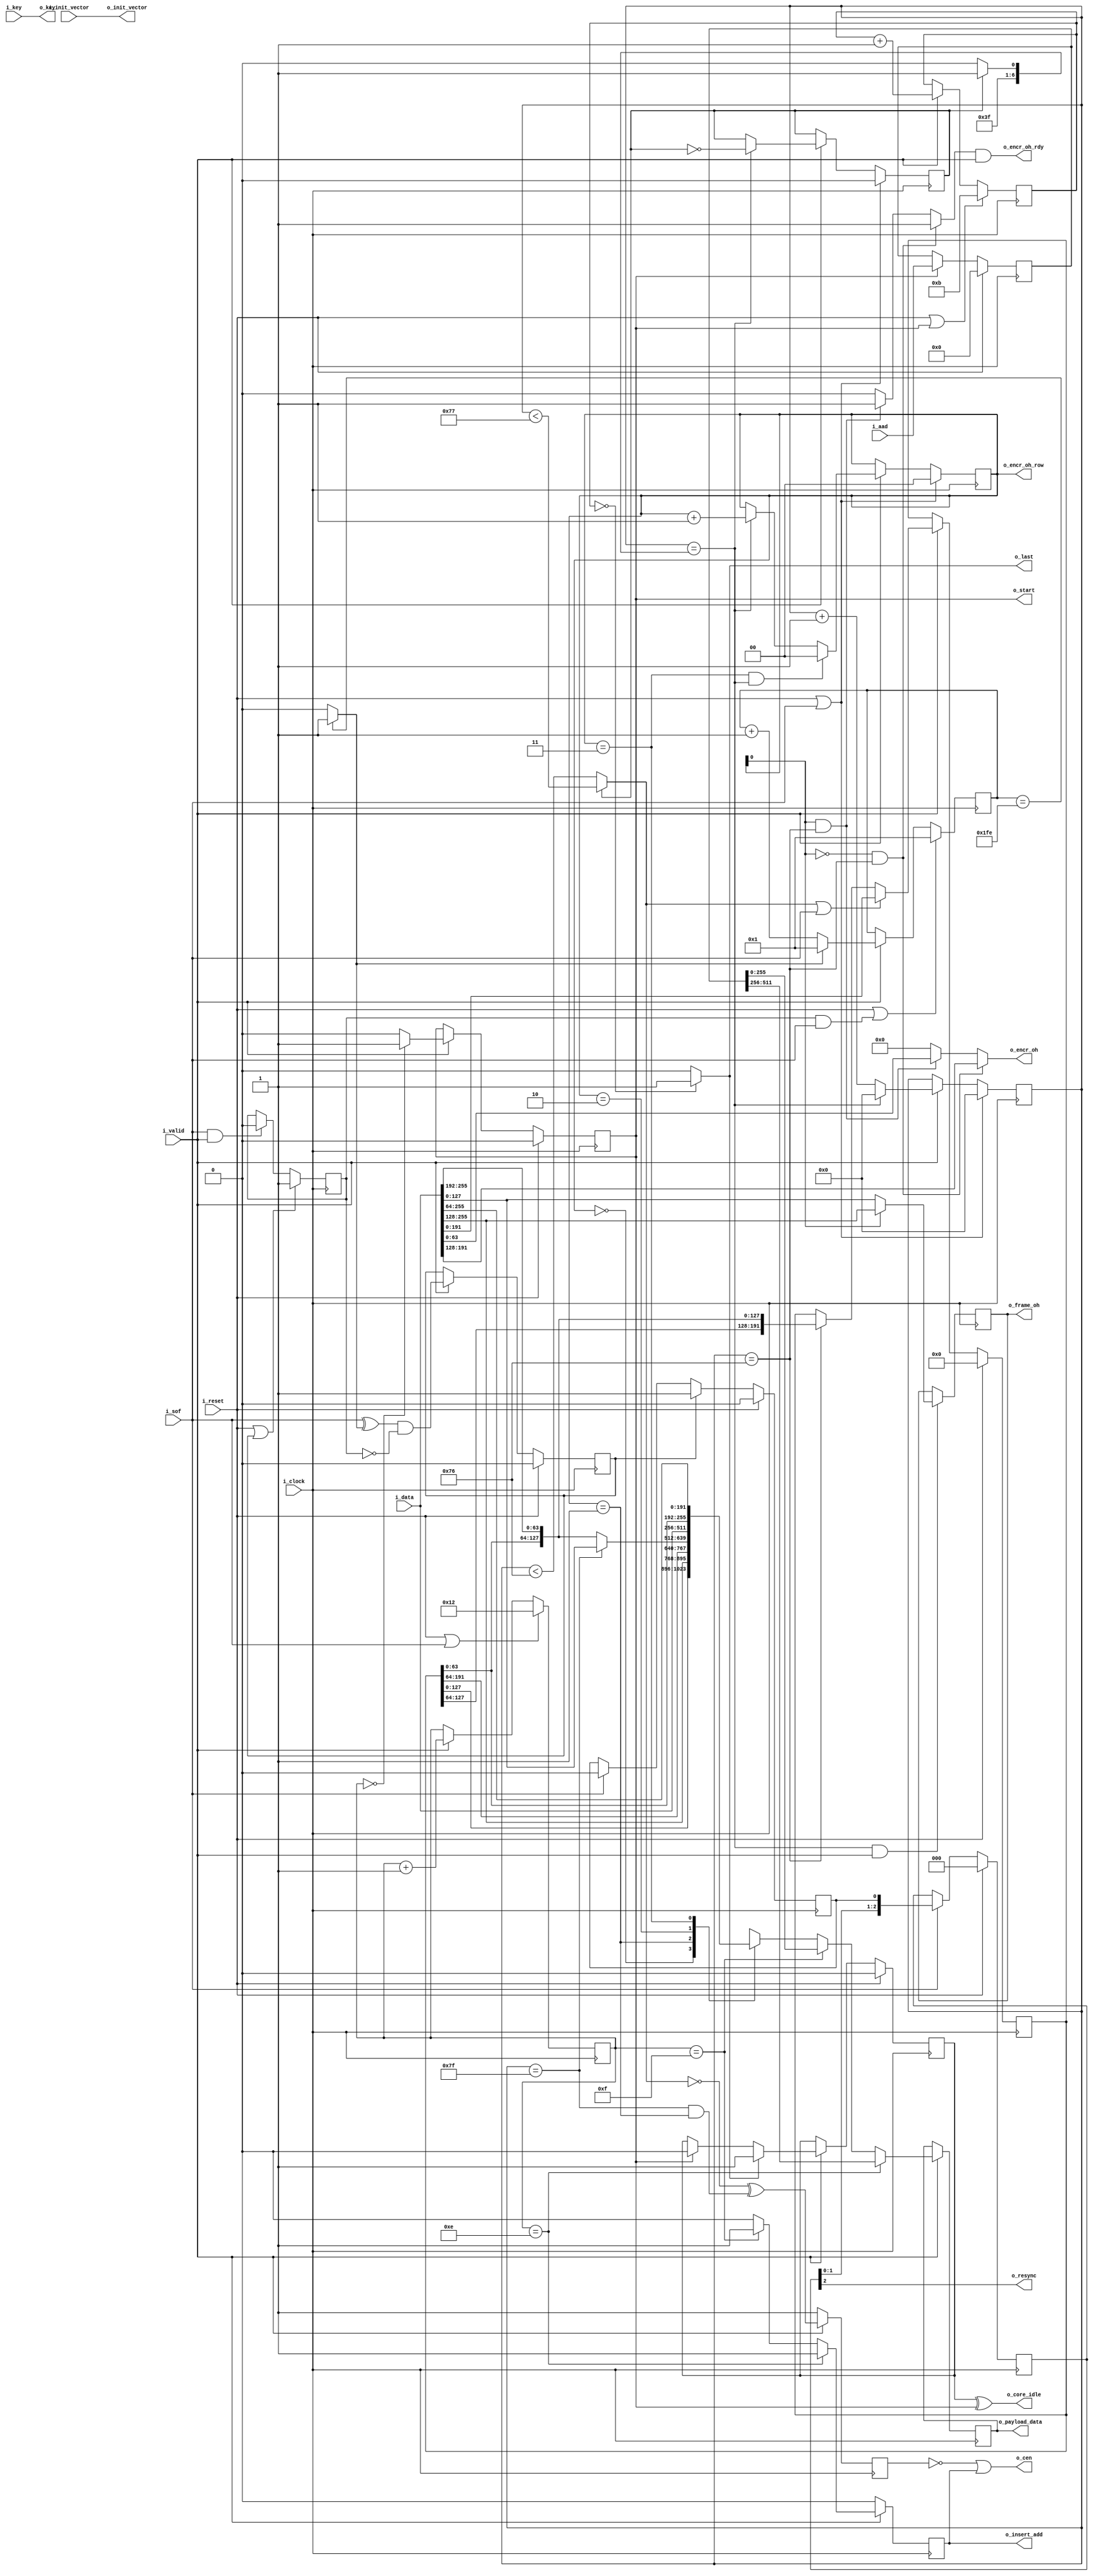
//% ----------------------------------------------------------------------------
//% Project     : M200
//% ----------------------------------------------------------------------------
//% \class frame_disassembler
//% \ingroup TBD
//% \author Fernando Romero
//% \date Sep 7, 2016
//% Originator  : Clariphy Argentina S.A.
//%
//% Rev 0       : Initial release.
//%
//% $Id: frame_disassembler2.v 10811 2017-03-03 13:50:53Z gbarbiani $
//% ----------------------------------------------------------------------------
//% Description :
//% Splits data contained in frame. Frame OH goes to reassembler.
//% encryption overhead goes to control block.
//% and payload goes to AES core
//%
//% \image html frame_disassembler.png
//% ----------------------------------------------------------------------------
//% \copyright Copyright (C) 2015 ClariPhy Argentina S.A.  All rights reserved
//% ----------------------------------------------------------------------------
module frame_disassembler2
#(
    // PARAMETERS.
    parameter                                           NB_DATA                  =  256        ,
    parameter                                           NB_INIT_VECTOR           =  96         ,
    parameter                                           NB_ENCR_OVERHEAD         =  64         ,
    parameter                                           NB_FRAME_OVERHEAD        =  128        , //sent by row
    parameter                                           NB_ROW                   =  2          ,
    parameter                                           NB_AAD                   =  512
)
(
    // OUTPUTS:
    // Data to AES
    output wire    [NB_DATA                - 1 : 0 ]    o_payload_data                         ,
    output wire                                         o_start                                ,
    output wire                                         o_last                                 ,
    output wire                                         o_cen                                  ,
    output wire    [NB_DATA                - 1 : 0 ]    o_key                                  ,
    output wire    [NB_INIT_VECTOR         - 1 : 0 ]    o_init_vector                          ,
    output wire                                         o_insert_add                           ,

    // Data to frame reassembler
    output wire    [NB_FRAME_OVERHEAD      - 1 : 0 ]    o_frame_oh                             ,
    output wire                                         o_resync                               ,
    // Data to control
    output wire    [NB_ENCR_OVERHEAD       - 1 : 0 ]    o_encr_oh                              ,
    output wire                                         o_encr_oh_rdy                          ,
    output wire    [NB_ROW                 - 1 : 0 ]    o_encr_oh_row                          ,
    output wire                                         o_core_idle                            ,

    // INPUTS:
    // Data interface
    input wire     [NB_DATA                - 1 : 0 ]    i_data                                 ,
    input wire                                          i_valid                                ,
    input wire                                          i_sof                                  ,

    // Configurations for AES
    input wire     [NB_DATA                - 1 : 0 ]    i_key                                  ,
    input wire     [NB_INIT_VECTOR         - 1 : 0 ]    i_init_vector                          ,
    input wire     [NB_AAD                 - 1 : 0 ]    i_aad                                  ,

    // RF's

    // CLOCKS & RESETS.
    input wire                                          i_clock                                ,
    input wire                                          i_reset
);
    // LOCAL PARAMETERS.
    localparam                                          NB_COUNTER              =   9          ;
    localparam                                          NB_COL_COUNTER          =   8          ;
    localparam                                          NB_ROW_COUNTER          =   2          ;
    localparam                                          NB_BUFFER               =   192        ; // 3/4 of a word
    localparam                                          NB_POINTER              =   2          ;
    localparam                                          QUARTER                 =   NB_DATA / 4;
    localparam                                          FRAME_COLUMNS           =   4080       ;
    localparam                                          COL_COUNTER_LIMIT       =   126        ;
    localparam                                          COL_COUNTER_LIMIT_PLUS_ONE = 127       ;
    localparam                                          ROW_COUNTER_LIMIT       =   3          ;
    localparam                                          SOF_COUNTER_LIMIT       =   510        ;
    localparam                                          NB_SOF_RESYNC           =   3          ;
    localparam                                          CONST_1                 =   1          ;
    localparam                                          START_CNT_VAL           =   18         ;
    localparam                                          LAST_CNT_VAL            =   11         ;
    localparam                                          HALF_NB_AAD             =   256        ;
    // INTERNAL SIGNALS
    // Frame Col Counter
    reg            [NB_COL_COUNTER        - 1 : 0 ]     col_counter                            ; //otarif
    //reg            [NB_COUNTER        - 1 : 0 ]         col_counter                            ;
    reg            [NB_ROW_COUNTER        - 1 : 0 ]     row_counter                            ;

    //Frame Dissasembler
    wire                                                freeze_buffer                          ;
    reg            [NB_BUFFER             - 1 : 0 ]     aux_data_buffer                        ;
    reg            [NB_DATA               - 1 : 0 ]     output_data                            ;


    //**************************************************
    // Sof Predictor
    //**************************************************
    reg            [NB_COUNTER            - 1 : 0 ]     sof_counter                            ;
    wire           [NB_COUNTER            - 1 : 0 ]     sof_counter_next                       ;
    wire                                                generated_sof                          ;
    reg                                                 first_sof                              ;
    wire                                                resync                                 ;
    reg                                                 resync_d                               ;
    reg            [NB_SOF_RESYNC         - 1 : 0 ]     sof_resync_d                           ;
    reg                                                 sof_resync                             ;

    always @(posedge i_clock)
    begin
        if(i_reset || resync_d)
            first_sof <= 1'b 1;
        else if (i_sof && i_valid)
            first_sof <= 1'b 0;
    end

    always @(posedge i_clock)
    begin
        if(i_reset || first_sof && i_sof)
            sof_counter <=  {{(NB_COUNTER-1){1'b 0}}, 1'b1 };//1'b 1 otarif
        else if(i_valid)
        begin
            if(generated_sof)
                sof_counter <= 1;
            else
                sof_counter <= sof_counter_next;
        end
    end

    always @(posedge i_clock)
    begin
        if(i_reset)
            resync_d <= 1'b 0;
        else if(i_valid)
            resync_d <= resync;
    end

    always @(posedge i_clock)
    begin
        if(i_reset)
            sof_resync <= 1'b 0;
        else if(resync_d)
            sof_resync <= 1'b 1;
        else if(i_sof)
            sof_resync <= 1'b 0;
    end

    always @(posedge i_clock)
    begin
        if(i_reset)
            sof_resync_d <=  {NB_SOF_RESYNC{1'b 0}};
        else if(i_sof)
        begin
            sof_resync_d <= {sof_resync_d[NB_SOF_RESYNC -2 : 0], sof_resync};
        end
    end


    assign sof_counter_next = sof_counter + { {NB_COUNTER-1{1'b 0}}, {1'b 1}};
    assign generated_sof = (sof_counter == SOF_COUNTER_LIMIT ) ? 1'b 1 : 1'b 0;
    assign resync = (i_sof ^ generated_sof) && ~first_sof;
    assign o_resync = sof_resync_d[NB_SOF_RESYNC-1];


    //**************************************************
    // Start Pulse Generation
    //**************************************************
    reg            [NB_COUNTER            - 1 : 0 ]     start_counter                          ;
    wire           [NB_COUNTER            - 1 : 0 ]     start_counter_next                     ;
    reg                                                 start                                  ;

    always @(posedge i_clock)
    begin
        if(i_reset | i_sof)
            start_counter <= START_CNT_VAL[NB_COUNTER-1:0];//{ {NB_COUNTER-5{1'b 0}}, {5'b 10010}}; // Restarts in TBD otarif
        else
            if(i_valid)
                start_counter <= start_counter_next;
    end

    always @(posedge i_clock)
    begin
        if(i_reset)
            start <= 1'b 0;
        else
            if(i_valid)
                start <= (start_counter == {NB_COUNTER{1'b 0}} ) ? 1'b 1 : 1'b 0;
    end

    assign start_counter_next = start_counter + { {NB_COUNTER-1{1'b 0}}, {1'b 1}};
    //assign o_start = (start_counter == {NB_COUNTER{1'b 0}} ) ? 1'b 1 : 1'b 0;
    assign o_start = start;
    assign o_key = i_key;
    assign o_init_vector = i_init_vector; //borism was o_init_vector = o_init_vector

    //**************************************************
    // Last Pulse Generation
    //**************************************************
    reg            [NB_COUNTER            - 1 : 0 ]     last_counter                           ;
    wire           [NB_COUNTER            - 1 : 0 ]     last_counter_next                      ;

    always @(posedge i_clock)
    begin
        if(i_reset | o_start)
            last_counter <= LAST_CNT_VAL[NB_COUNTER-1:0];//{ {NB_COUNTER-4{1'b 0}}, {4'b 1011}}; // Restarts in 8 or 9 ????  :( otarif
        else
            if(i_valid)
                last_counter <= last_counter_next;
    end

    assign last_counter_next = last_counter + { {NB_COUNTER-1{1'b 0}}, {1'b 1}};
    assign o_last = (last_counter == {NB_COUNTER{1'b 0}} ) ? 1'b 1 : 1'b 0;

    //**************************************************
    // Idle Signal Generation
    //**************************************************
    reg                                                 core_idle                              ;

    always @(posedge i_clock)
    begin
        if(i_reset)
            core_idle <= 1'b 0;
        else if(i_valid)
        begin
            if(o_last)
                core_idle <= 1'b 1;
            else if (o_start)
                core_idle <= 1'b 0;
        end
    end

    assign o_core_idle = core_idle ^ o_start;
    //**************************************************
    // Frame Row Col Counter
    //**************************************************
    reg                                                 plus_one                               ;
    wire            [NB_COL_COUNTER       - 1 : 0 ]     col_counter_limit_sel                  ;
    wire                                                row_counter_limit                      ;
    wire                                                col_counter_limit                      ;

    assign col_counter_limit_sel = ( plus_one ) ? COL_COUNTER_LIMIT_PLUS_ONE[NB_COL_COUNTER-1 :0] : COL_COUNTER_LIMIT[NB_COL_COUNTER-1 :0];
    assign row_counter_limit = ( row_counter == ROW_COUNTER_LIMIT[NB_ROW_COUNTER -1:0] );
    assign col_counter_limit = ( col_counter == col_counter_limit_sel );

    always @(posedge i_clock) begin
        if( i_reset || i_sof )
        begin
            col_counter <= {NB_COL_COUNTER{1'b0}};
            plus_one    <= 1'b0;
        end
        else if ( i_valid )
        begin
            if( col_counter_limit )
            begin
                col_counter <= {NB_COL_COUNTER{1'b0}};
                plus_one    <= ~plus_one;
            end
            else
            begin
                col_counter <= col_counter + 1'b1;
            end
        end
    end

    always @(posedge i_clock) begin
        if( i_reset || i_sof )
            row_counter <= {NB_ROW_COUNTER{1'b0}};
        else if ( i_valid )
            if( row_counter_limit & col_counter_limit)
                row_counter <= {NB_ROW_COUNTER{1'b0}};
            else if ( col_counter_limit )
                row_counter <= row_counter + 1'b1;
    end

    //**************************************************
    // Auxiliary save buffer logic
    //**************************************************
    always @(posedge i_clock)
    begin
        if(i_reset)
            aux_data_buffer <= {NB_BUFFER{1'b 0}};
        else
            if(i_valid )
            begin
                if(!freeze_buffer | i_sof)
                    aux_data_buffer <= i_data[NB_DATA - QUARTER -1 -: NB_BUFFER]; /// Save 3/4 of the input data
                else if(col_counter == 118)
                begin
                    //aux_data_buffer <= aux_data_buffer << QUARTER;
                    //aux_data_buffer[QUARTER-1 -: QUARTER] <= i_data[NB_DATA-1 -: QUARTER];
                    aux_data_buffer <= {aux_data_buffer[NB_BUFFER- QUARTER -1 : 0], i_data[NB_DATA-1 -: QUARTER]};
                end
            end
    end

    assign freeze_buffer = ~((plus_one) ? (col_counter < 119) : (col_counter < 118));
    //assign o_cen = freeze_buffer ^ (col_counter == 127 & row_counter == 1); // Special case finishing 1st row going for 2nd

    //**************************************************
    // Aad Register
    //**************************************************
    reg            [NB_AAD        - 1 : 0 ]              aad_d                     ;

    always @(posedge i_clock)
    begin
        if(i_reset)
            aad_d <= { NB_AAD {1'b 0} };
        else if (o_start)
            aad_d <= i_aad;
    end

    //**************************************************
    // Output Data Logic
    //**************************************************
    reg            [NB_DATA                - 1 : 0 ]     data                      ;
    reg                                                  cen                       ;
    reg                                                  insert_aad                ;
    reg                                                  insert_aad_d              ;

    always @(*)
    begin
    //if (start_counter == 14 | start_counter == 15) //For AAD
    //begin
    //    output_data = {NB_DATA{1'b 0}};
    //    insert_aad = 1'b 1;
    //end
    if (start_counter == 14 /*| start_counter == 15*/) //For AAD
    begin
        output_data = aad_d[NB_AAD - 1 -: HALF_NB_AAD];
        insert_aad = 1'b 1;
    end
    else if( start_counter == 15 ) //For AAD
    begin
        output_data = aad_d[HALF_NB_AAD - 1 -: HALF_NB_AAD];
        insert_aad = 1'b 1;
    end
    else
        begin
            insert_aad = 1'b 0;
            case(row_counter)
                2'b 00 : output_data = {aux_data_buffer[NB_BUFFER- QUARTER -1  -: QUARTER * 2], i_data[NB_DATA-1 -: QUARTER * 2] };
                2'b 01 :
                begin
                    if(col_counter == 127)
                        output_data = {aux_data_buffer[NB_BUFFER - 1 -: QUARTER * 2], i_data[NB_DATA- QUARTER * 2 - 1 -: QUARTER * 2] };
                    else
                        output_data = {aux_data_buffer[NB_BUFFER-1 -: QUARTER * 3], i_data[NB_DATA-1 -: QUARTER * 1] };
                end
                2'b 10 : output_data = i_data;
                2'b 11 : output_data = {aux_data_buffer[QUARTER-1 -: QUARTER], i_data[NB_DATA-1 -: QUARTER * 3] };
                default: output_data = i_data;
            endcase
        end
    end

    //Output Register
    always @(posedge i_clock)
    begin
        if(i_valid)
        begin
            data <= output_data;
            cen <= (freeze_buffer ^ (col_counter == 127 & row_counter == 1)) ;
            insert_aad_d <= insert_aad;
        end
        else
        begin
            cen <= 1'b 1 ;
            insert_aad_d <= 1'b 0;
        end

    end

    assign o_payload_data = data;
    assign o_cen = ~cen | insert_aad_d;
    assign o_insert_add = insert_aad_d;

    //**************************************************
    // Encryption Overhead Extraction
    //**************************************************
    reg                                                encr_oh_rdy                      ;
    reg            [NB_ENCR_OVERHEAD      - 1 : 0 ]    encr_oh                          ;
    always @(*)
    begin
        if(!row_counter[0] & col_counter == 118) // even positions
        begin
           encr_oh_rdy = 1'b 1;
           encr_oh = i_data[3*QUARTER-1 -: QUARTER];
        end
        else if(row_counter[0] & col_counter == 118) /// mmmmmm dijo la muda
        begin
            encr_oh_rdy = 1'b 1;
            encr_oh = i_data[QUARTER -1 -: QUARTER];  // Less significant quarter
        end
        else
        begin
            encr_oh_rdy = 1'b 0;
            encr_oh = {NB_ENCR_OVERHEAD{1'b 0}};
        end
    end

    assign o_encr_oh_rdy = encr_oh_rdy & i_valid;
    assign o_encr_oh = encr_oh;
    assign o_encr_oh_row = row_counter;

    //**************************************************
    // Frame Overhead
    //**************************************************
    reg            [NB_FRAME_OVERHEAD    - 1 : 0 ]    frame_oh                          ;

    always @(posedge i_clock)
    begin
        if(col_counter_limit & i_valid)
        begin
            if(row_counter[0])
                frame_oh <= i_data[NB_DATA-1 -: 2*QUARTER];
            else
                frame_oh <= i_data[2*QUARTER -1 -: 2*QUARTER];
        end
    end

    assign  o_frame_oh = frame_oh;

endmodule